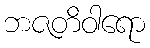
ဘဇတိဝါရော